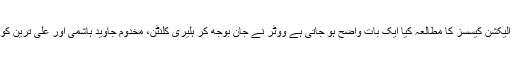
تنیوں الیکشن کیسسز کا مطالعہ کیا ایک بات واضح ہو جاتی ہے ووٹر نے جان بوجھ کر ہلیری کلنٹن، مخدوم جاوید ہاشمی اور علی ترین کو ہرایا۔